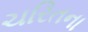
ચરિતના